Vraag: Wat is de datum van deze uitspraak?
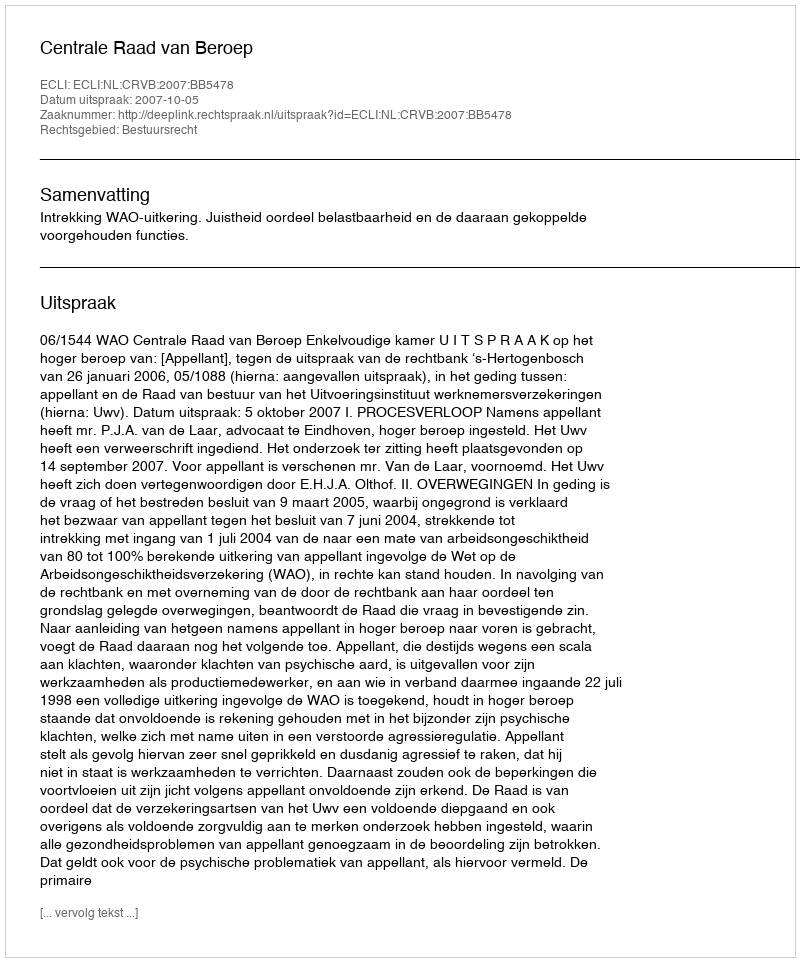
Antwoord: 2007-10-05